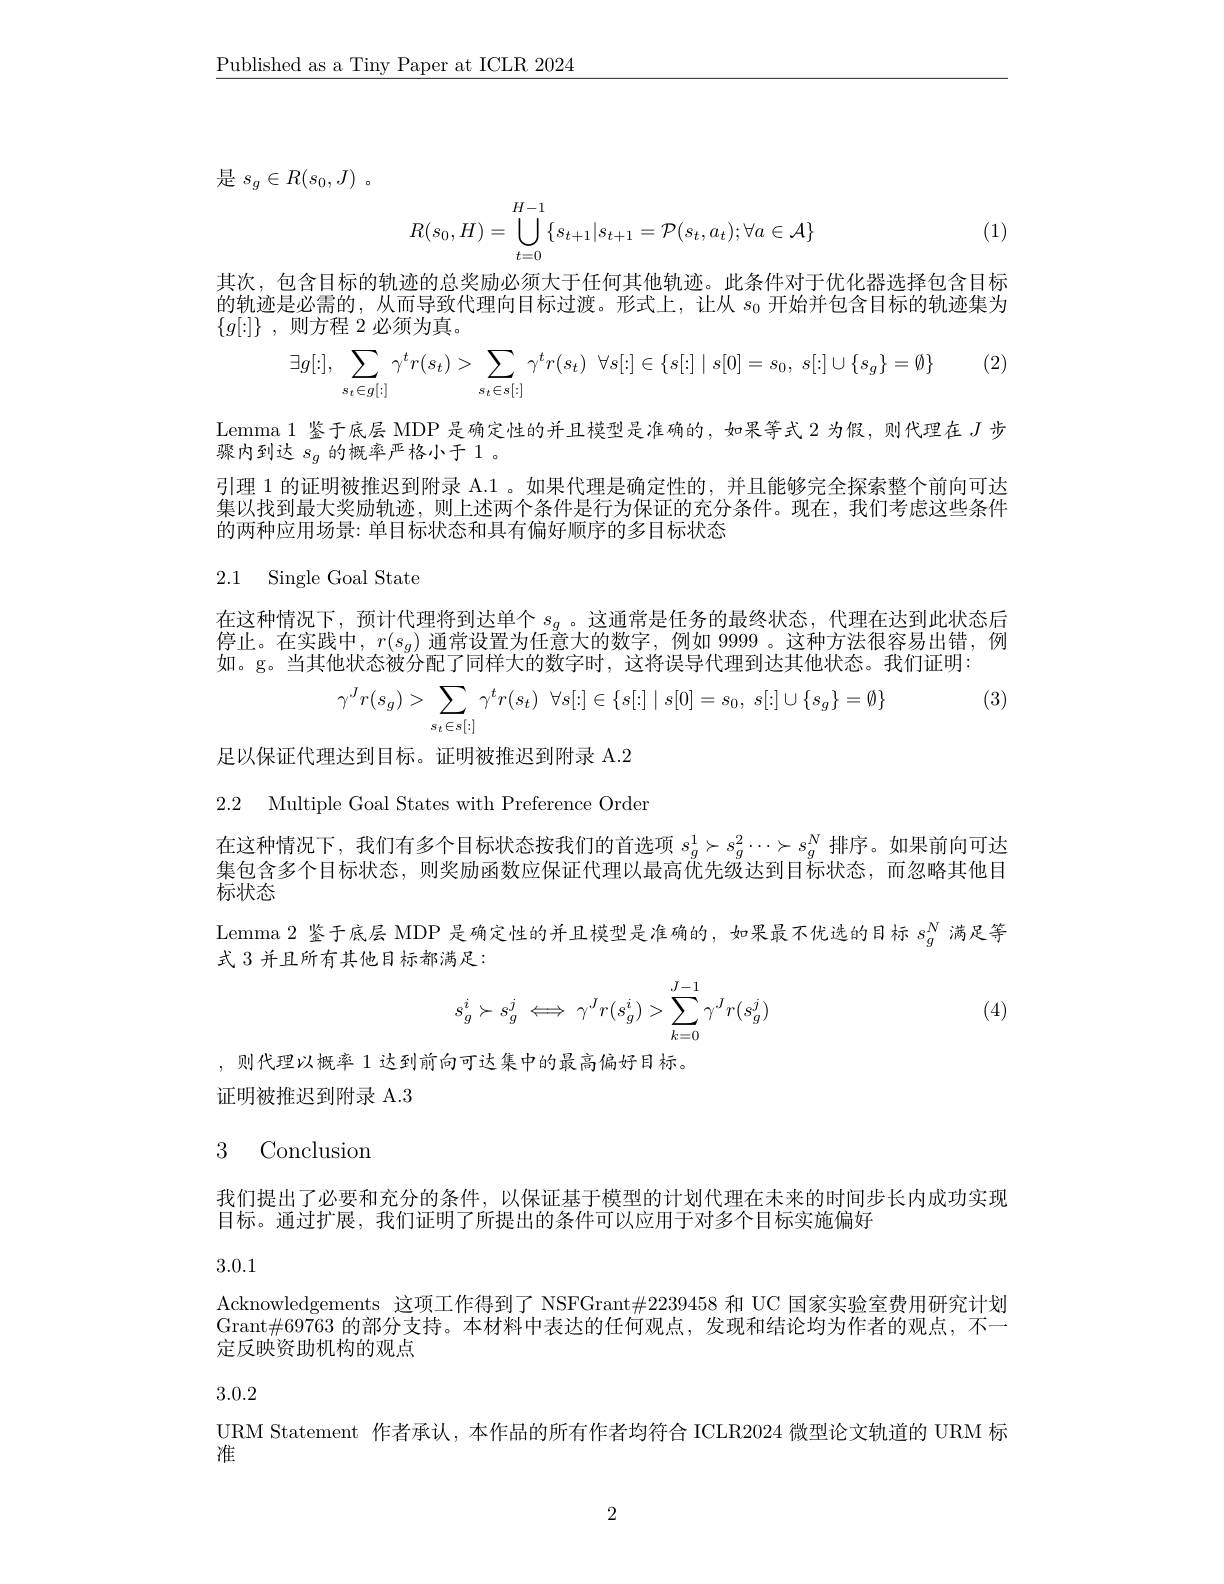
$\underline{\text{Published as a Tiny Paper at ICLR 2024}}$

是$s_{g}\in R( s_{0}, J)$ 。
$$R(s_0,H)=\bigcup\limits_{t=0}^{H-1}\{s_{t+1}|s_{t+1}=\mathcal{P}(s_t,a_t);\forall a\in\mathcal{A}\}$$
(1)

其次，包含目标的轨迹的总奖励必须大于任何其他轨迹。此条件对于优化器选择包含目标的轨迹是必需的，从而导致代理向目标过渡。形式上，让从$s_0$开始并包含目标的轨迹集为$\{ g[ : ] \}$ , 则方程 2 必须为真。
$$\exists g[:],\:\sum\limits_{s_t\in g[:]}\gamma^tr(s_t)>\sum\limits_{s_t\in s[:]}\gamma^tr(s_t)\:\forall s[:]\in\{s[:]\mid s[0]=s_0,\:s[:]\cup\{s_g\}=\emptyset\}$$
(2)

Lemma 1 鉴于底层 MDP 是确定性的并且模型是准确的，如果等式 2 为假，则代理在$J$步
骤内到达$s_g$的概率严格小于 1。
引理 1 的证明被推迟到附录 A.1 。如果代理是确定性的，并且能够完全探索整个前向可达集以找到最大奖励轨迹，则上述两个条件是行为保证的充分条件。现在，我们考虑这些条件的两种应用场景：单目标状态和具有偏好顺序的多目标状态

2.1 Single Goal State

在这种情况下，预计代理将到达单个$s_g$。这通常是任务的最终状态，代理在达到此状态后停止。在实践中，$r(s_g)$通常设置为任意大的数字，例如 9999。这种方法很容易出错，例如。g。当其他状态被分配了同样大的数字时，这将误导代理到达其他状态。我们证明：

(3)
$$\gamma^Jr(s_g)>\sum_{s_t\in s[:]}\gamma^tr(s_t)\:\forall s[:]\in\{s[:]\mid s[0]=s_0,\:s[:]\cup\{s_g\}=\emptyset\}$$
足以保证代理达到目标。证明被推迟到附录 A.2

2.2 Multiple Goal States with Preference Order

在这种情况下，我们有多个目标状态按我们的首选项$s_g^1\succ s_g^2\cdots\succ s_g^N$排序。如果前向可达集包含多个目标状态，则奖励函数应保证代理以最高优先级达到目标状态，而忽略其他目标状态
Lemma 2 鉴于底层 MDP 是确定性的并且模型是准确的，如果最不优选的目标$s_g^N$满足等
式 3 并且所有其他目标都满足：
$$s_g^i\succ s_g^j\iff\gamma^Jr(s_g^i)>\sum_{k=0}^{J-1}\gamma^Jr(s_g^j)$$
(4)

,则代理以概率 1 达到前向可达集中的最高偏好目标。
证明被推迟到附录 A.3

## 3 Conclusion

我们提出了必要和充分的条件，以保证基于模型的计划代理在未来的时间步长内成功实现
目标。通过扩展，我们证明了所提出的条件可以应用于对多个目标实施偏好

3.0.1

Acknowledgements 这项工作得到了 NSFGrant#2239458 和 UC 国家实验室费用研究计划Grant$\#69763$的部分支持。本材料中表达的任何观点，发现和结论均为作者的观点，不一定反映资助机构的观点

3.0.2

URM Statement 作者承认，本作品的所有作者均符合 ICLR2024 微型论文轨道的 URM 标
淮

2